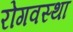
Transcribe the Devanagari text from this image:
रोगवस्था